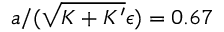
a / ( \sqrt { K + K ^ { \prime } } \epsilon ) = 0 . 6 7